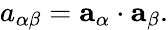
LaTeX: \begin{array}{r}{{a}_{\alpha\beta}={\mathbf{a}}_{\alpha}\cdot{\mathbf{a}}_{\beta}.}\end{array}